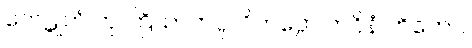
ကေဋုဘံ တု ကြိယာကပ္ပ၊ ဝိကပ္ပော ကဝိနံ ဟိတော။